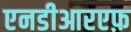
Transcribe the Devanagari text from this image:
एनडीआरएफ़